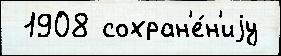
 1908 сохран'е́н'иjу